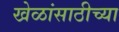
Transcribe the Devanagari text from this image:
खेळांसाठीच्या